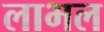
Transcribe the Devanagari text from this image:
लाभल